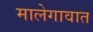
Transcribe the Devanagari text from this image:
मालेगावात